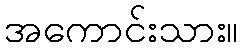
အကောင်းသား။